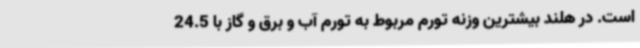
است. در هلند بیشترین وزنه تورم مربوط به تورم آب و برق و گاز با 24.5